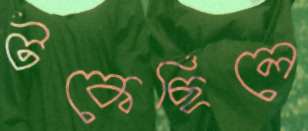
টকেছিলে